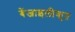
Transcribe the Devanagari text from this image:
बेंजाइलीकृत